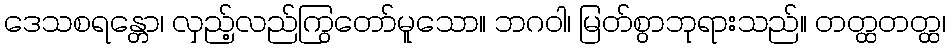
ဒေသစရန္တော၊ လှည့်လည်ကြွတော်မူသော။ ဘဂဝါ၊ မြတ်စွာဘုရားသည်။ တတ္ထတတ္ထ၊